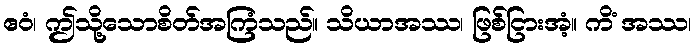
ဧဝံ၊ ဤသို့သောစိတ်အကြံသည်။ သိယာအဿ၊ ဖြစ်ငြားအံ့။ ကိံ အဿ၊